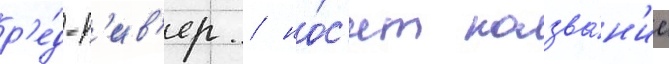
р'е́д-р'ив'ер / но́с'ит назва́н'ие